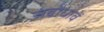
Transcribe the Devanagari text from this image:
संबोधावें